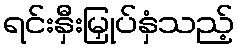
ရင်းနှီးမြှုပ်နှံသည့်